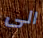
الى